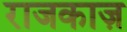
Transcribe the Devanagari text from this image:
राजकाज़